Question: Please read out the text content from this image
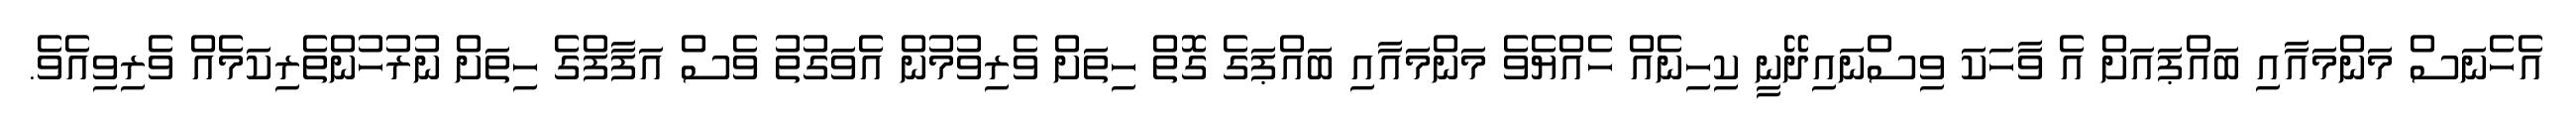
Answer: އެހެނަސް މަންމައާއި ބައްޕައަށް އެ ވާހަކަ ވިސްނައިދޭނީ ކިހިނެއް ހެއްޔެވެ މަންމައާއި ބައްޕަގެ ގޮތް ހިތަށް ވެރިވުމުން އެވަގުތު ވެސް އަފާފްގެ ހިތަށް ނުރުހުންތެރިކަމެއް ވެރިވިއެވެ.